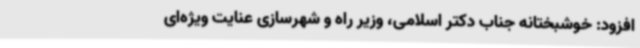
افزود: خوشبختانه جناب دکتر اسلامی، وزیر راه و شهرسازی عنایت ویژه‌ای